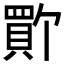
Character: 𫎚